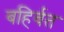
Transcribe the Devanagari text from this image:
बहिर्वत